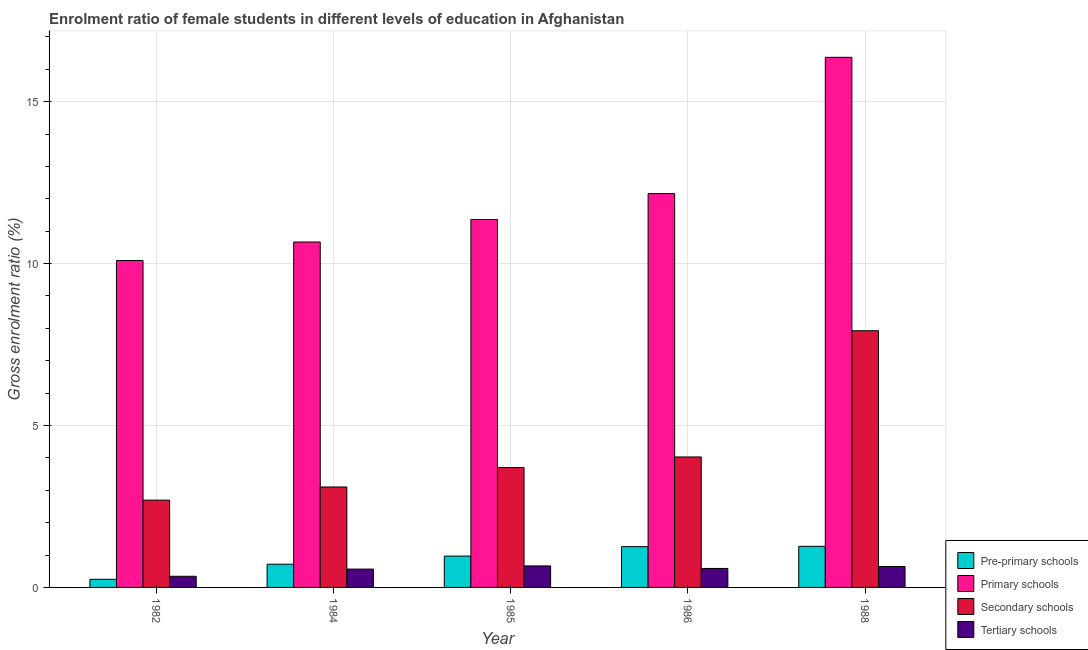
| Year | Pre-primary schools | Primary schools | Secondary schools | Tertiary schools |
 | --- | --- | --- | --- | --- |
 | 1982 | 0.251 | 10.1 | 2.69 | 0.344 |
 | 1984 | 0.716 | 10.7 | 3.1 | 0.566 |
 | 1985 | 0.968 | 11.4 | 3.7 | 0.664 |
 | 1986 | 1.26 | 12.2 | 4.03 | 0.586 |
 | 1988 | 1.27 | 16.4 | 7.93 | 0.646 |